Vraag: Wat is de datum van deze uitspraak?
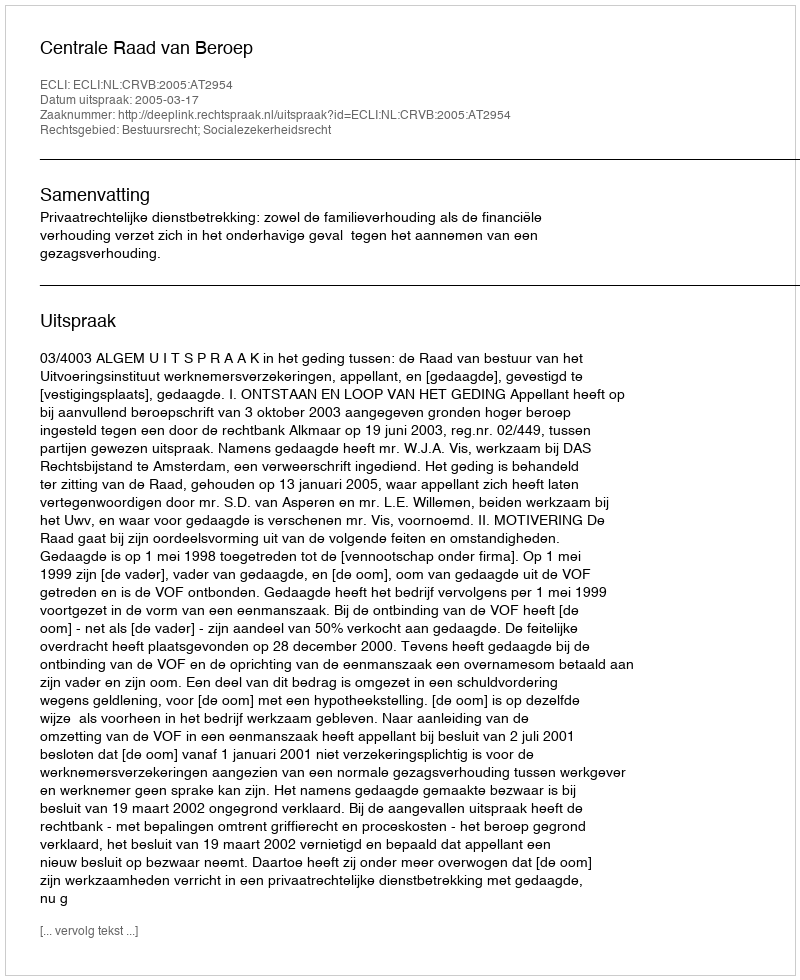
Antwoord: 2005-03-17